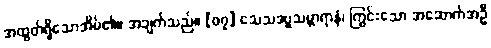
အထွတ်ရှိသောအိမ်၏။ အချက်သည်။ [၀၇] သေသဒဗ္ဗသမ္ဘာရာနံ၊ ကြွင်းသော အဆောက်အဦ